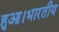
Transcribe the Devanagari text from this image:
हुआ।भारतीय